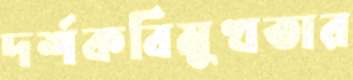
দর্শকবিমুখতার